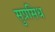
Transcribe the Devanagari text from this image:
सुप्रसिध